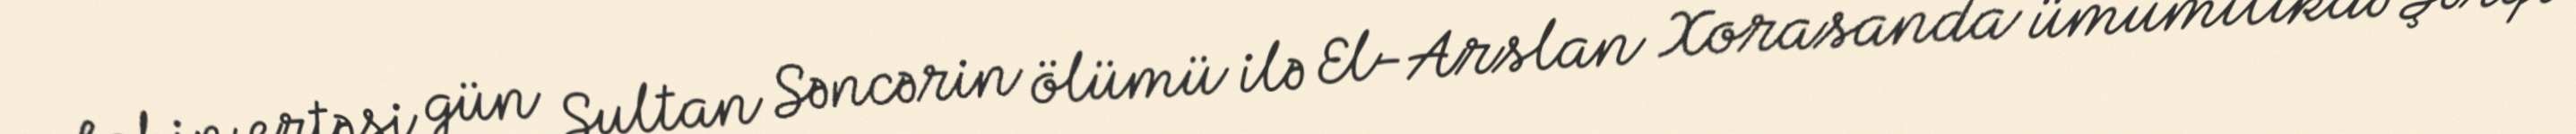
Lakin ertəsi gün Sultan Səncərin ölümü ilə El-Arslan Xorasanda ümumilikdə Şərqi